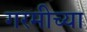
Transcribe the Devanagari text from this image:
गरमीच्या